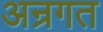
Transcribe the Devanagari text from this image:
अन्रगत